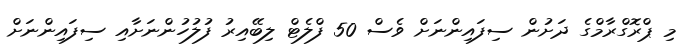
މި ޕްރޮގްރާމްގެ ދަށުން ސިފައިންނަށް ވެސް 50 ފްލެޓް ލިބޭއިރު ފުލުހުންނަށާއި ސިފައިންނަށް